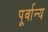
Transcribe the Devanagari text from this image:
पूर्वान्य